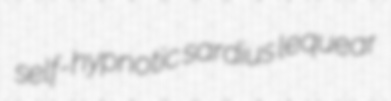
self-hypnotic sardius lequear